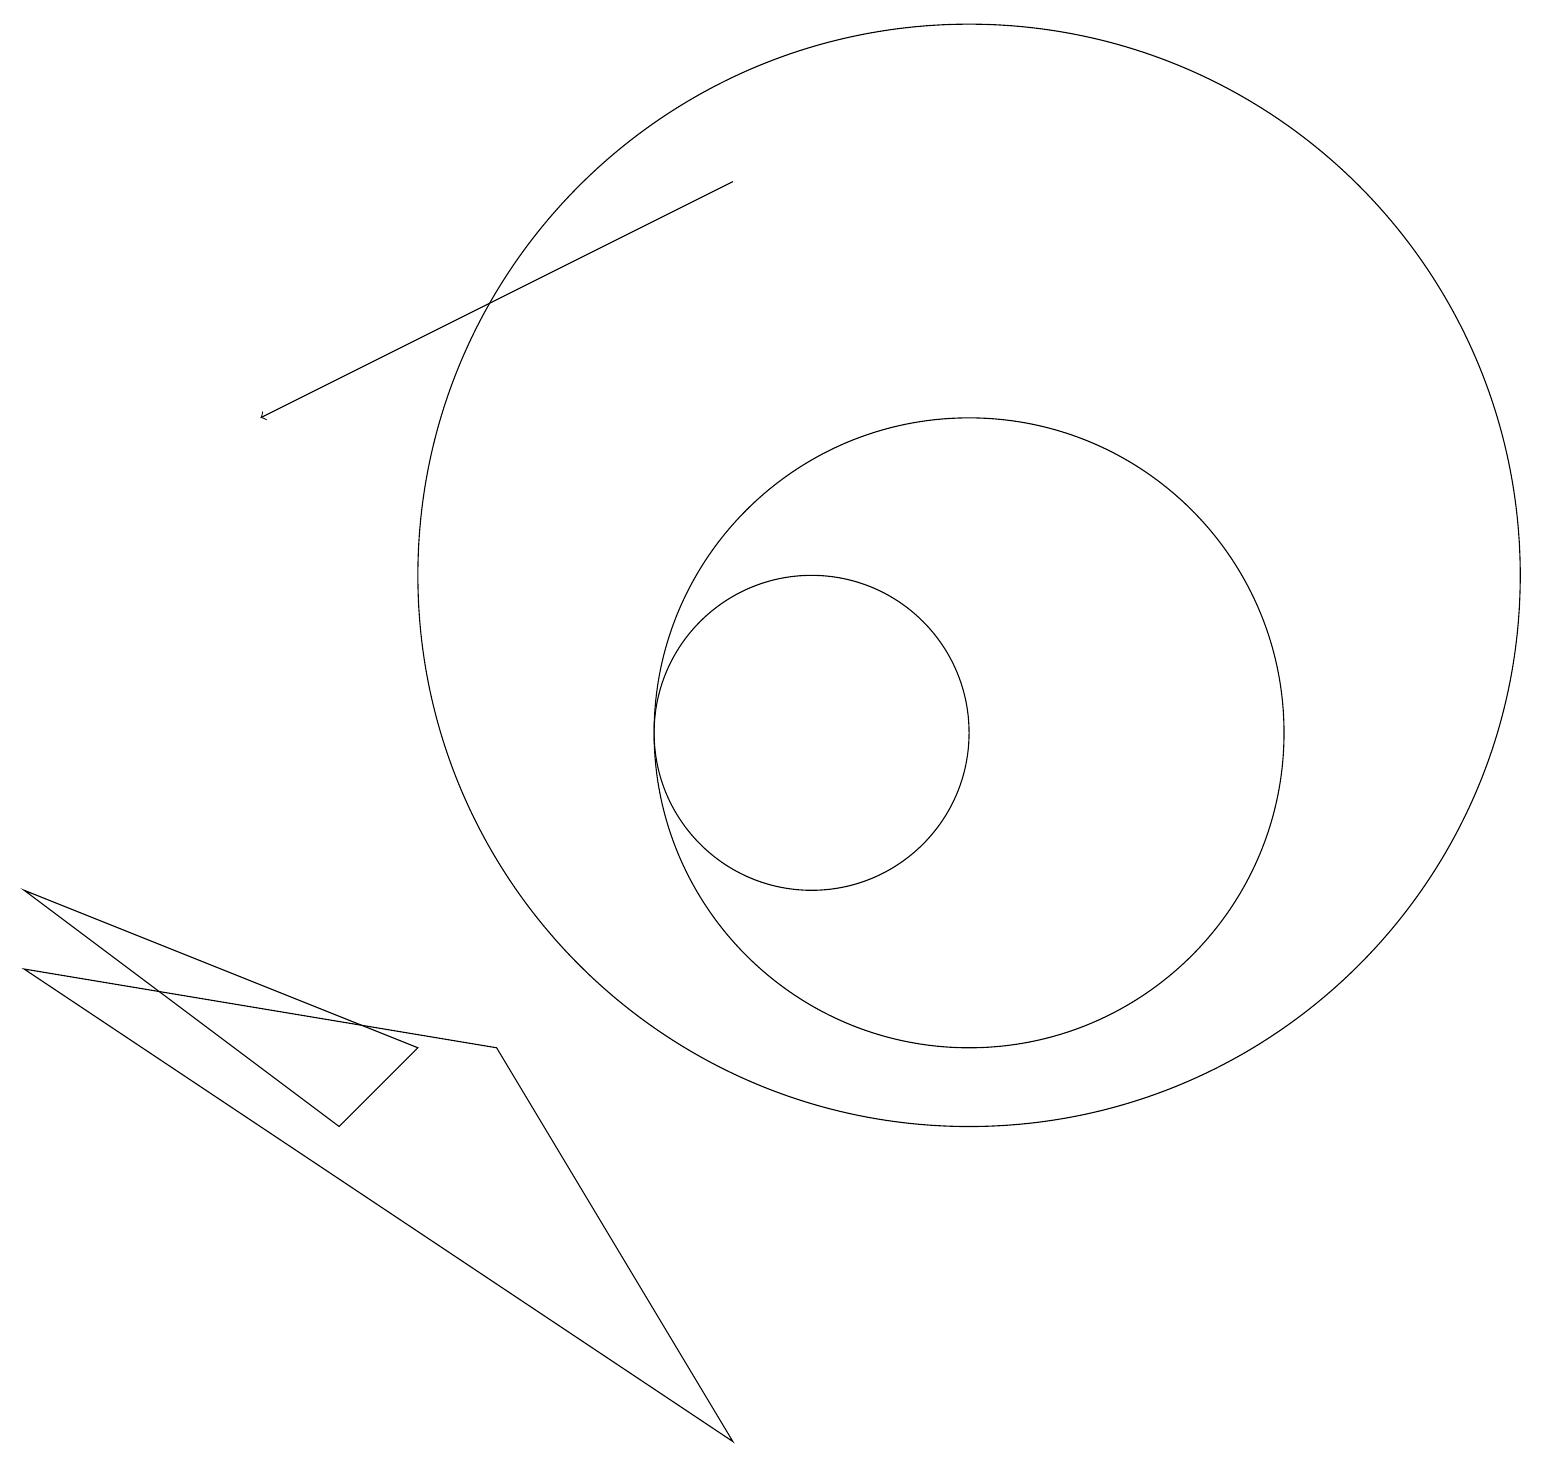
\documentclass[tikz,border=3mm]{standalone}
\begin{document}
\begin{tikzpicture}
\draw (12,12) circle (7);
\draw (0,8) -- (4,5) -- (5,6) -- cycle;
\draw (0,7) -- (9,1) -- (6,6) -- cycle;
\draw[->] (9,17) -- (3,14);
\draw (10,10) circle (2);
\draw (12,10) circle (4);
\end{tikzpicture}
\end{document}